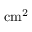
\mathrm { c m ^ { 2 } }